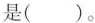
是( )。